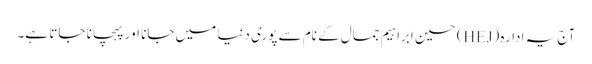
آج یہ ادارہ (HEJ) حسین ابراہیم جمال کے نام سے پوری دنیا میں جانا اور پہچانا جاتا ہے۔